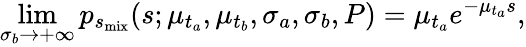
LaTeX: \operatorname*{lim}_{\sigma_{b}\rightarrow+\infty}p_{s_{\mathrm{mix}}}(s;\mu_{t_{a}},\mu_{t_{b}},\sigma_{a},\sigma_{b},P)=\mu_{t_{a}}e^{-\mu_{t_{a}}s},